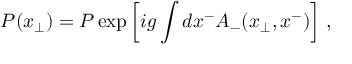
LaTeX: { \cal P } ( { x } _ { \bot } ) = P \exp \left[ i g \int d x ^ { - } A _ { - } ( x _ { \bot } , x ^ { - } ) \right] \, ,